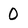
Character: 0